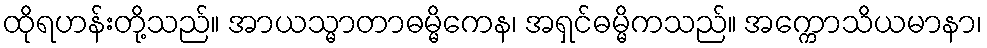
ထိုရဟန်းတို့သည်။ အာယသ္မာတာဓမ္မိကေန၊ အရှင်ဓမ္မိကသည်။ အက္ကောသိယမာနာ၊